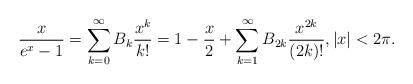
LaTeX: \begin{align*}\frac{x}{e^x-1}=\sum_{k=0}^\infty B_k\frac{x^k}{k!}=1-\frac{x}2+\sum_{k=1}^\infty B_{2k}\frac{x^{2k}}{(2k)!}, |x|<2\pi.\end{align*}